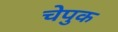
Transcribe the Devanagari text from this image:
चेपुक